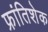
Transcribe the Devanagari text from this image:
फ्रांतिशेक